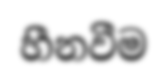
හීනවීම